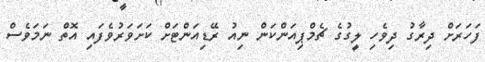
ފަހަރަށް ދިރާގު ދިވެހި ލީގުގެ ޗެމްޕިއަންކަން ނިއު ރޭޑިއަންޓަށް ކަށަވަރުވެފައި އޮތް ނަމަވެސް